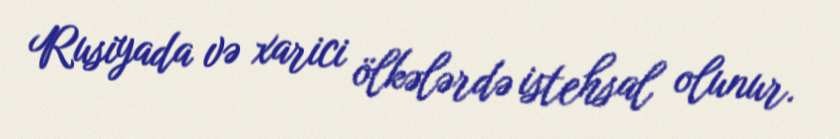
Rusiyada və xarici ölkələrdə istehsal olunur.